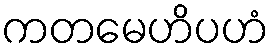
ကတမေဟိပဟံ